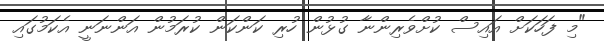
"މި ފަހަކަށް އައިސް ކުށްވެރިންނާ ގުޅުން ހުރި ކަންކަން ކުރަމުން އަންނަނީ އެކަމުގައި